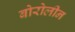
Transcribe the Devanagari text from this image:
बोरोलीन